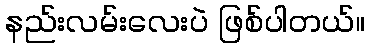
နည်းလမ်းလေးပဲ ဖြစ်ပါတယ်။